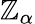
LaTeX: \mathbb{Z}_{\alpha}